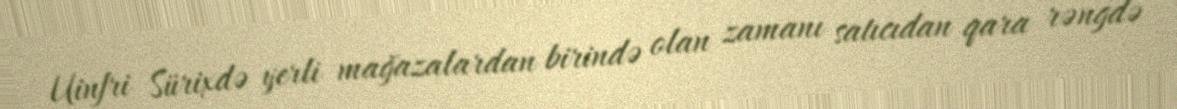
Uinfri Sürixdə yerli mağazalardan birində olan zamanı satıcıdan qara rəngdə